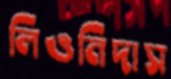
লিওনিদাস